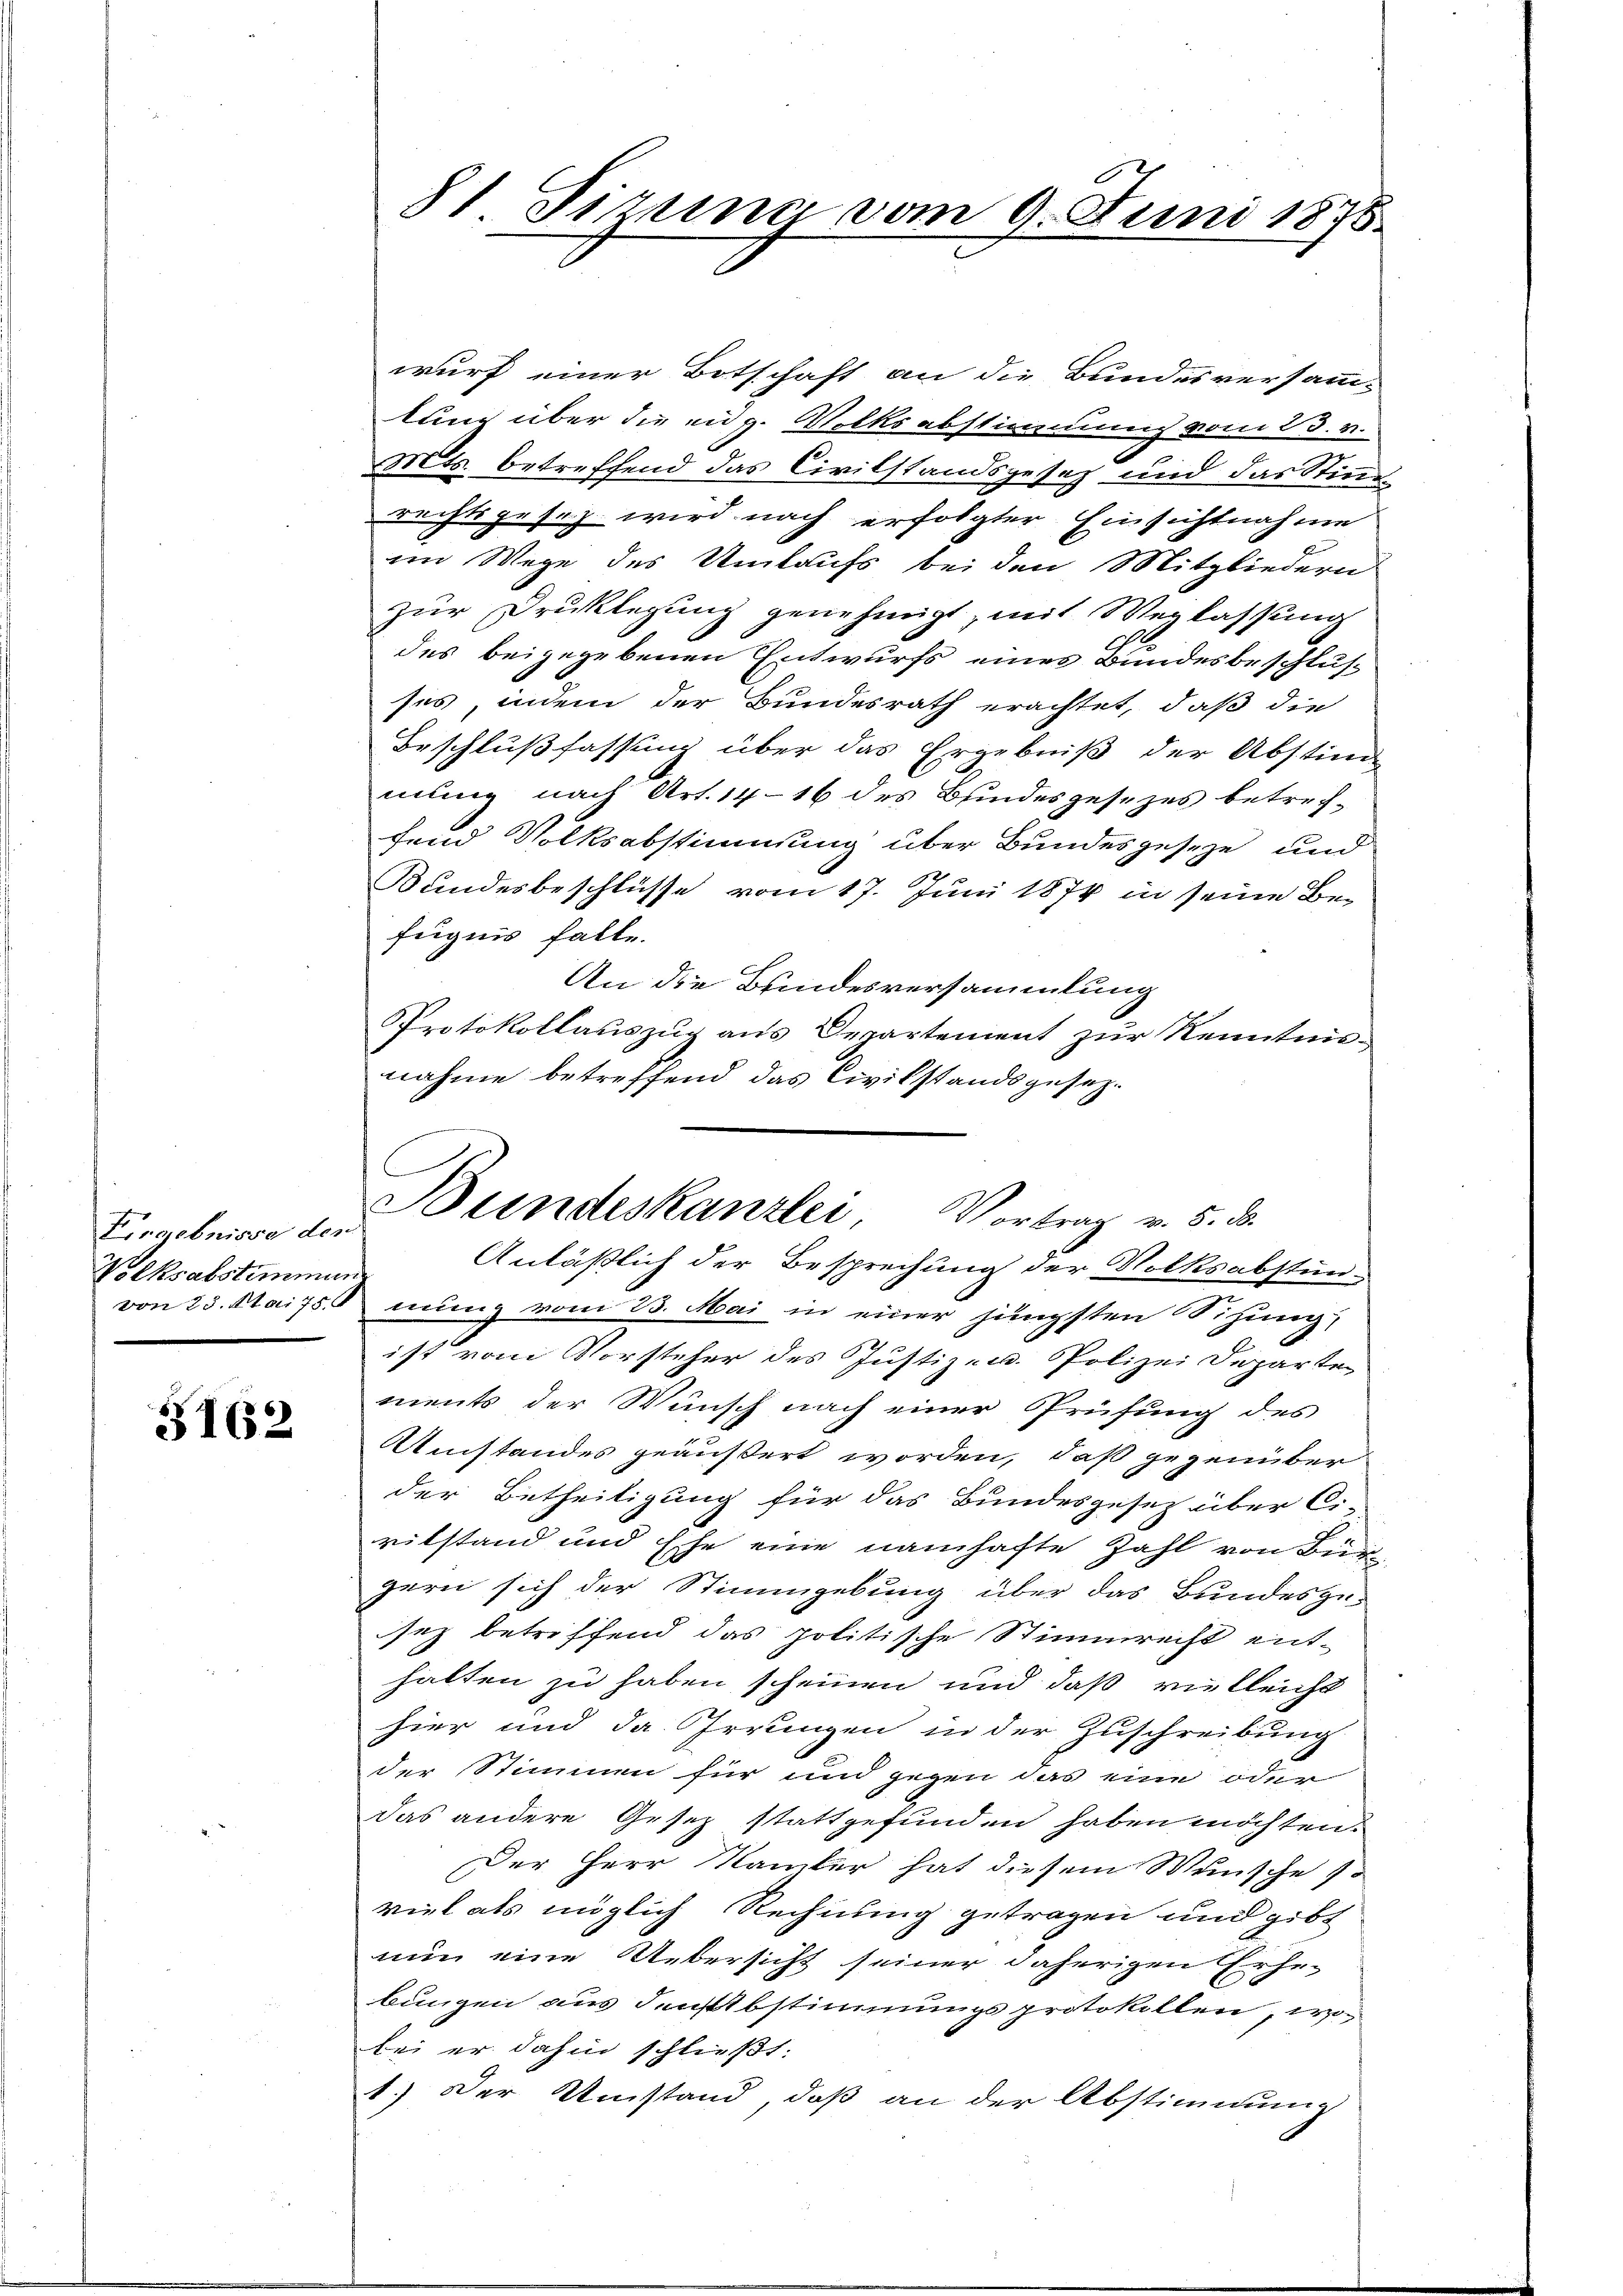
Eirgebnisse der
Volksabstimmun

5162

81 Sirung vom 9. Juni 1875.

wurf einer Botschaft an die Bundesversamm-
lung über die eidg. Volksabstimmung vom 23. v.
Mts. betreffend das Civilstandsgesetz und das Stimm
rechtsgesez wird nach erfolgter Einsichtnahme
im Wege des Umtaufs bei den Mitgliedern
zur Druklegung genehmigt, mit Weglassung
des beigegebenen Entwurfs eines Bundesbeschlusses, indem der Bundesrath erachtet, daß die
Beschlußfassung über das Ergebniß der Abstind-
mling nach Art. 14-16 des Bundesgesetzes betrechfend Volksabstimmung über Bundesgeseze und
Bundesbeschlüsse vom 17. Juni 1874 in seine Befugnis falle.
An die Bundesversammlung
PProtokollauszug aus Departement zur Kenntnis-
nahme betreffend das Civilstandsgesezist vom Vorsteher des Justiz- u. Polizei Departe
ments der Wunsch nach einer Prüfung des
Umstandes geäußert worden, daß gegenüber
der Betheiligung für das Bundesgesetz über Ci-
vilstand und Ehe eine namhafte Zahl von Bürzern sich der Stimmgebung über das Bundesge-
sez betreffend das politische Stimmrecht ent-
halten zu haben scheinen und daß vielleicht
hier und da Irrungen in der Zuschreibung
der Stimmen für und gegen das eine oder
das andere Gesetz stattgefunden haben möchten.
Der Herr Kamber hat diesem Wunsche so
viel als möglich Rechnung getragen und gibt
nun eine Uebersicht seiner daherigen Erhebungen aus denstbstimmungsprotokollen, wo
bei er dahin schließt:
1.) Der Umstand, daß an der Abstimmung

Bundeskanzlei Vortrag v. 5. d.
Anläßlich der Besprechung der Volksabstün-
von 23. Maifsmung vom 23. Mai in einer jüngsten Sitzung,